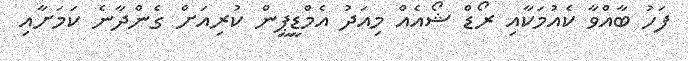
ފަހު ބާއްވާ ކެއުމަކާއި ރޯޑް ޝޯއެއް މިއަދު އެމްޑީޕީން ކުރިއަށް ގެންދާނެ ކަމަށާއި